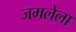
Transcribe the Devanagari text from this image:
जमलेला